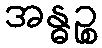
အန္ဓဉ္စ